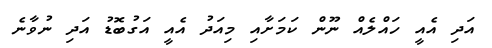
އަދި އެއީ ހައްލެއް ނޫން ކަމަށާއި މިއަދު އެއީ އަގުބޮޑު އަދި ނުވާނެ